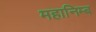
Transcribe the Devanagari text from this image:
महानिम्ब